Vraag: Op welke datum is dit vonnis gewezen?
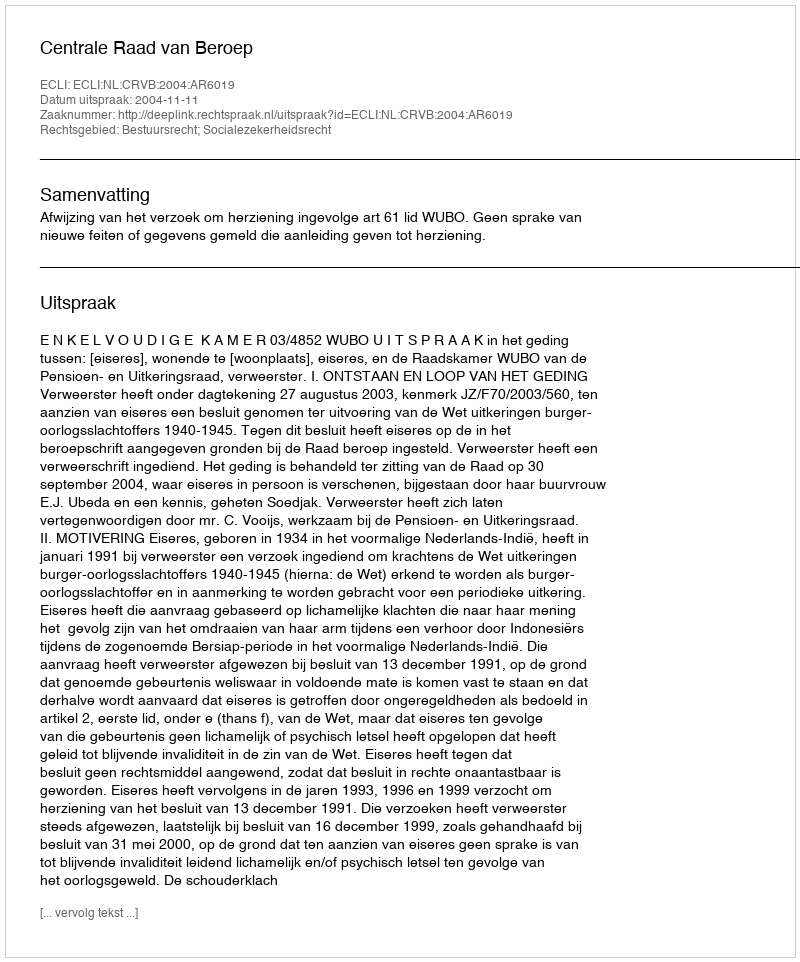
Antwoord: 2004-11-11